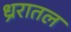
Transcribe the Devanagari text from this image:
ध्ररातल